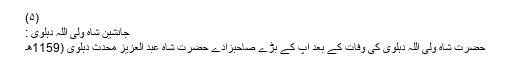
(۵)
جانشین شاہ ولی اللہ دہلوی :
حضرت شاہ ولی اللہ دہلوی کی وفات کے بعد آپ کے بڑے صاحبزادے حضرت شاہ عبد العزیز محدث دہلوی (1159ھ۔